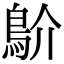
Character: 𩾴